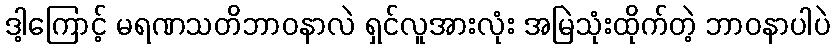
ဒါ့ကြောင့် မရဏသတိဘာဝနာလဲ ရှင်လူအားလုံး အမြဲသုံးထိုက်တဲ့ ဘာဝနာပါပဲ